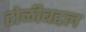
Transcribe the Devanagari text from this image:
टोळीबद्दल